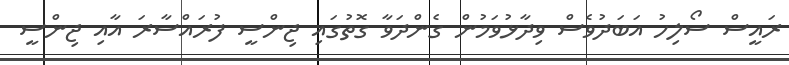
ރައީސް ސޯލިހު އަބަދުވެސް ވިދާޅުވަމުން ގެންދަވާ ގޮތުގައި ޖިންސީ ފުރައްސާރަ އާއި ޖިންސީ